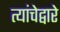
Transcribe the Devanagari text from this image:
त्यांचेद्वारे